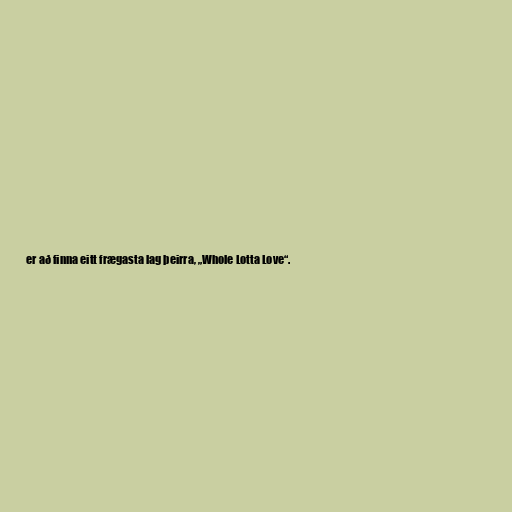
er að finna eitt frægasta lag þeirra, „Whole Lotta Love“.